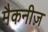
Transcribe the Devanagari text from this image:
मैकनीज़